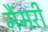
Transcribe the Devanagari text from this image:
मैंमरी